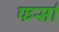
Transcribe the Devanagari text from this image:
फर्सा